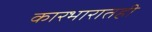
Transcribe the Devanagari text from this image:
कारभारातही